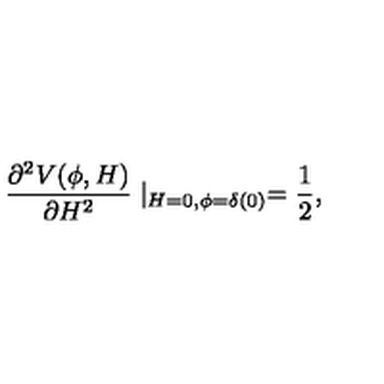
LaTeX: \frac { \partial ^ { 2 } V ( \phi , H ) } { \partial H ^ { 2 } } \mid _ { H = 0 , \phi = \delta ( 0 ) } = \frac { 1 } { 2 } ,